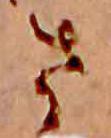
さ